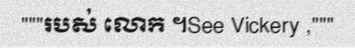
"""របស់ លោក ។See Vickery ,"""